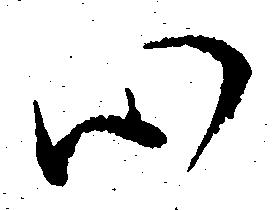
心